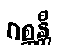
ဂစ္ဆန္တီ